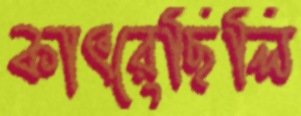
কাৎরেছিলি